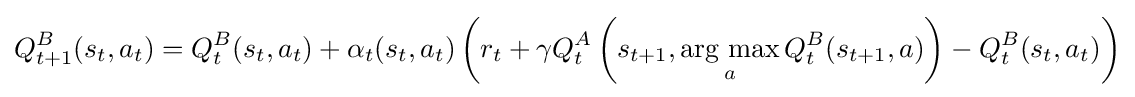
Q_{t+1}^{B}(s_{t},a_{t})=Q_{t}^{B}(s_{t},a_{t})+\alpha _{t}(s_{t},a_{t})\left(r_{t}+\gamma Q_{t}^{A}\left(s_{t+1},\mathop {\operatorname {arg~max} } _{a}Q_{t}^{B}(s_{t+1},a)\right)-Q_{t}^{B}(s_{t},a_{t})\right)